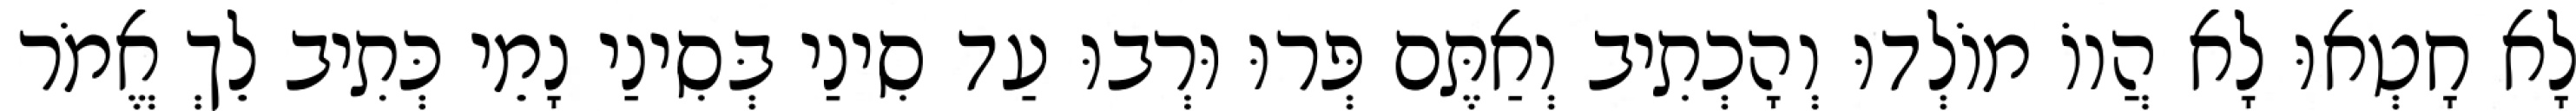
לָא חָטְאוּ לָא הֲווֹ מוֹלְדוּ וְהָכְתִיב וְאַתֶּם פְּרוּ וּרְבוּ עַד סִינַי בְּסִינַי נָמֵי כְּתִיב לֵךְ אֱמֹר